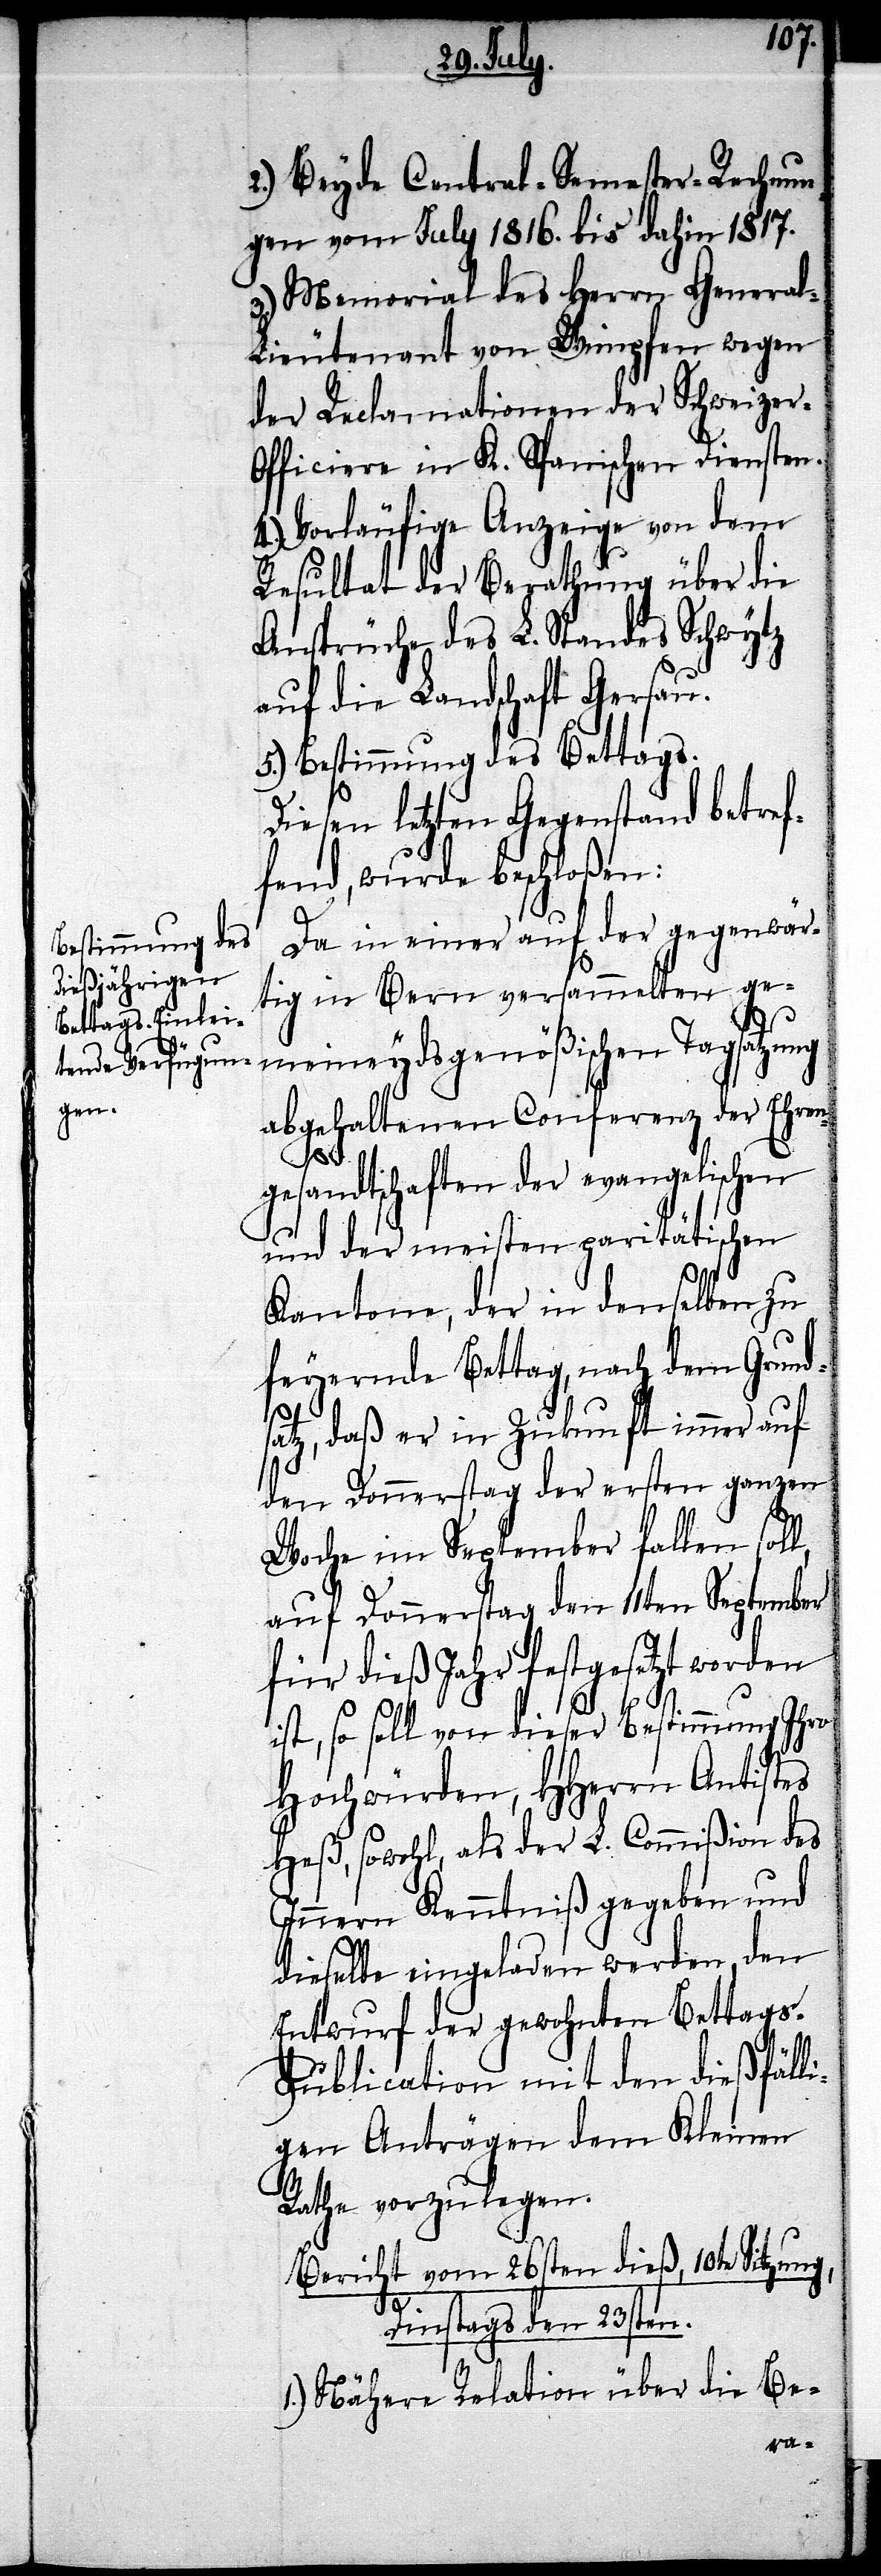
2.) Beyde Central-Semester-Rechnun¬
gen vom July 1816. bis dahin 1817.
3.) Memorial des Herrn Genera¬
l-Lieutenant von Wimpfen wegen
der Reclamationen der Schweizer-O¬
fficiere in K. Spanischen Diensten.
4.) Vorläufige Anzeige von dem
Resultat der Berathung über die
Ansprüche des L. Standes Schwytz
auf die Landschaft Gersau.
5.) Bestimmung des Bettags.
Diesen letzten Gegenstand betref¬
fend, wurde beschloßen:
Da in einer auf der gegenwär¬
tig in Bern versammelten ge¬
meineydsgenößischen Tagsatzung
abgehaltenen Conferenz der Ehren¬
gesandtschaften der evangelischen
und der meisten paritätischen
Kantone, der in denselben zu
feyernde Bettag, nach dem Grund¬
satz, daß er in Zukunft immer auf
den Donnerstag der ersten ganzen
Woche im September fallen soll,
auf Donnerstag den 11ten September
für dieß Jahr festgesetzt worden
ist, so soll von dieser Bestimmung Ihro
Hochwürden, HHerrn Antistes
Heß, sowohl, als der L. Commißion des
Innern Kenntniß gegeben und
dieselbe eingeladen werden, den
Entwurf der gewohnten Bettag¬
s-Publication mit den dießfälli¬
gen Anträgen dem Kleinen
Rathe vorzulegen.
Bericht vom 26sten dieß, 10te Sitzung,
Dinstags den 23sten.
1.) Nähere Relation über die Be-